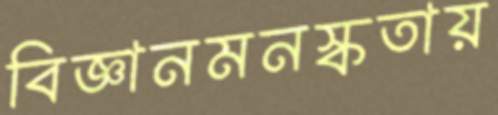
বিজ্ঞানমনস্কতায়